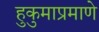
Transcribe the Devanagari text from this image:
हुकुमाप्रमाणे